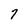
Character: 7